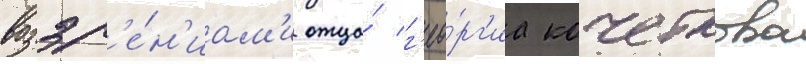
воззр'е́н'иам'и отца́ г'ео́рг'иа кочеткова